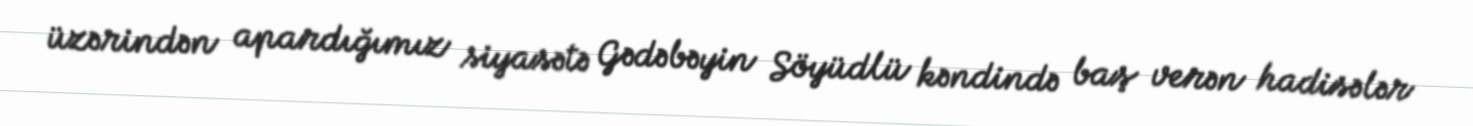
üzərindən apardığımız siyasətə Gədəbəyin Söyüdlü kəndində baş verən hadisələr